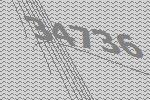
34736